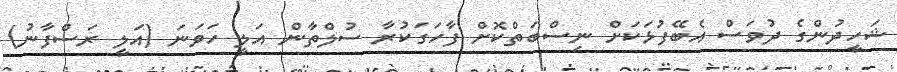
ޝަހީދުންގެ ދުވަސް އެބޭފުޅަކަށް ނިސްބަތްކޮށް ފާހަގަކުރާ ސުލްތާން އަލީ ހަވަނަ (އަލީ ރަސްފާނު)